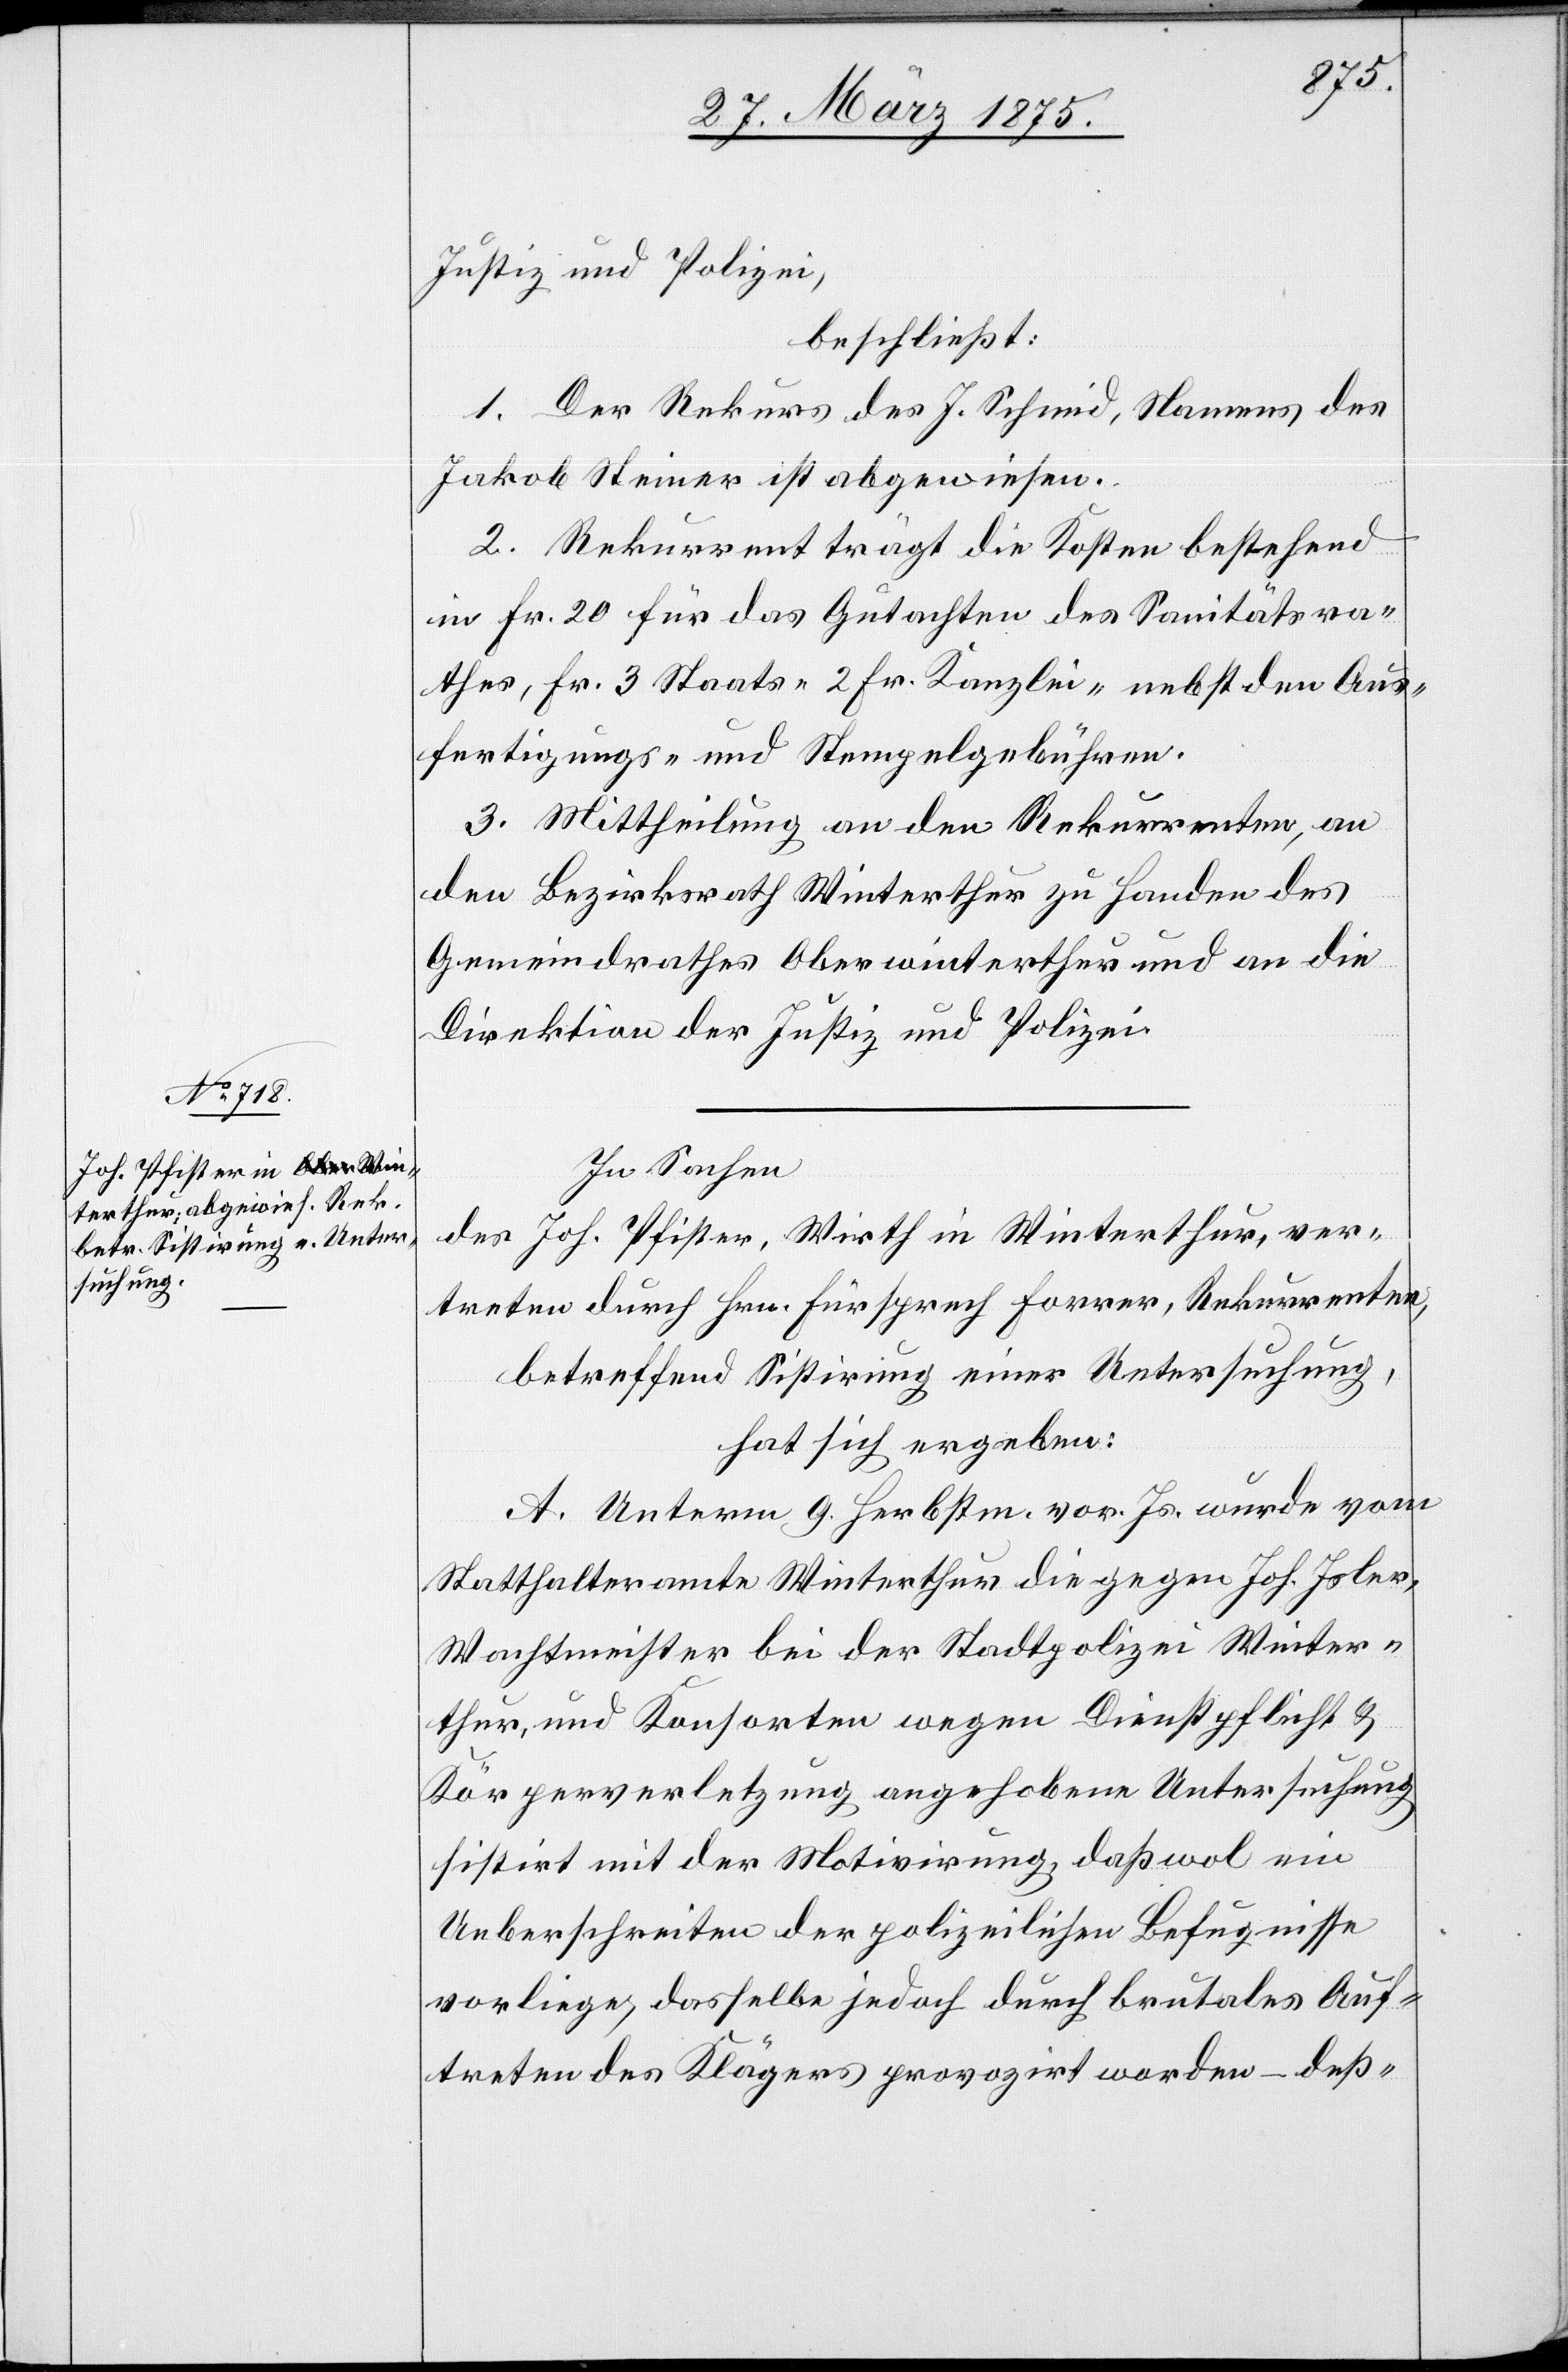
Justiz und Polizei,
beschließt:
1. Der Rekurs des J. Schmid, Namens des
Jakob Steiner ist abgewiesen.
2. Rekurrent trägt die Kosten bestehend
in Fr. 20 für das Gutachten des Sanitätsra¬
thes, Fr. 3 Staats- 2 Fr. Kanzlei- nebst den Aus¬
fertigungs- und Stempelgebühren.
3. Mittheilung an den Rekurrenten, an
den Bezirksrath Winterthur zu Handen des
Gemeindrathes Oberwinterthur und an die
Direktion der Justiz und Polizei.
In Sachen
des Joh. Pfister, Wirth in Winterthur, ver¬
treten durch Hrn. Fürsprech Forrer, Rekurrenten,
betreffend Sistirung einer Untersuchung,
hat sich ergeben:
A. Unterm 9. Herbstm. vor. Js. wurde vom
Statthalteramte Winterthur die gegen Joh. Joler,
Wachtmeister bei der Stadtpolizei Winter¬
thur, und Konsorten wegen Dienstpflicht[-]
Körperverletzung angehobene Untersuchung
sistirt mit der Motivirung, daß wol ein
Ueberschreiten der polizeilichen Befugnisse
vorliege, dasselbe jedoch durch brutales Auf¬
treten des Klägers provozirt worden – deß-